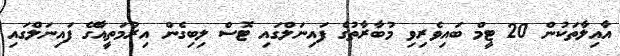
އާއިލާތަކުން 20 ޓީމް ބައިވެރިވި މުބާރާތުގެ ފައިނަލްގައި ޓޮސް ލިބިގެން އިރުމަތީއާގޭ ފައިނަލްގައި